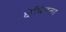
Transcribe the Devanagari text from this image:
क्षेत्रियता